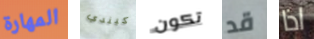
المهارة كيندي تكون قد اذا